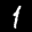
Label: 1